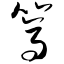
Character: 篙